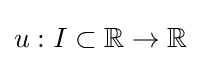
u:I\subset \mathbb {R} \to \mathbb {R}